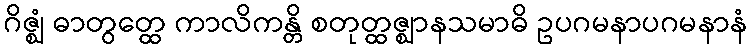
ဂိဇ္ဈံ ဓာတွတ္ထေ ကာလိကန္တိ စတုတ္ထဇ္ဈာနသမာဓိ ဥပဂမနာပဂမနာနံ